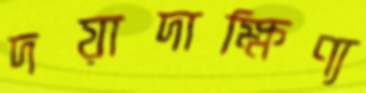
দয়াদাক্ষিণ্য